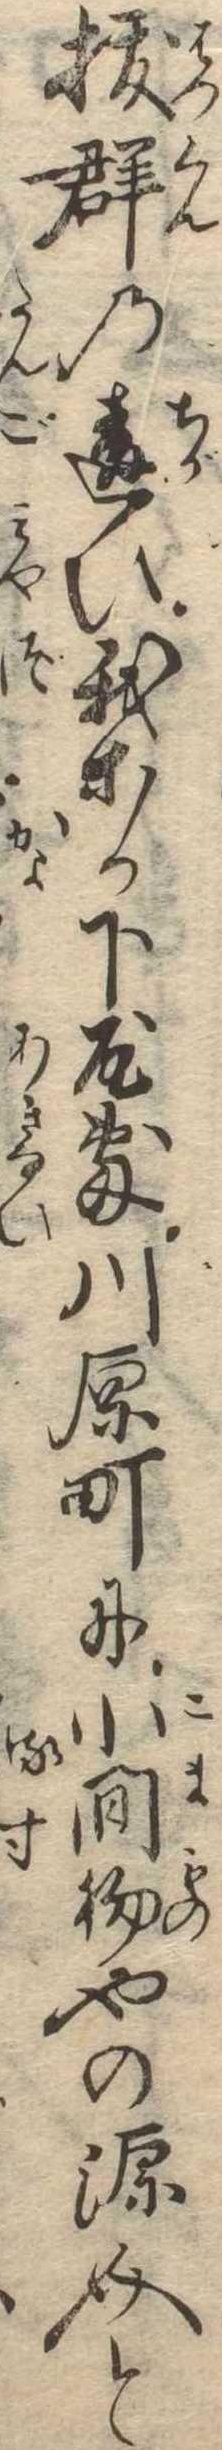
抜群の違ひ我等か下屋敷川原町に小間物やの源介と